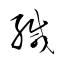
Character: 緘